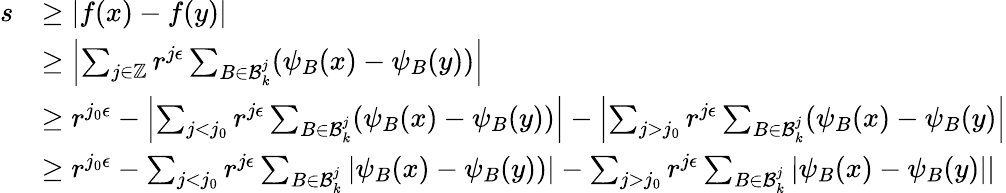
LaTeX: \begin{array}{rl}{s}&{\geq|f(x)-f(y)|}\\ &{\geq\left|\sum_{j\in\mathbb{Z}}r^{j\epsilon}\sum_{B\in\mathcal{B}_{k}^{j}}(\psi_{B}(x)-\psi_{B}(y))\right|}\\ &{\geq r^{j_{0}\epsilon}-\left|\sum_{j<j_{0}}r^{j\epsilon}\sum_{B\in\mathcal{B}_{k}^{j}}(\psi_{B}(x)-\psi_{B}(y))\right|-\left|\sum_{j>j_{0}}r^{j\epsilon}\sum_{B\in\mathcal{B}_{k}^{j}}(\psi_{B}(x)-\psi_{B}(y)\right|}\\ &{\geq r^{j_{0}\epsilon}-\sum_{j<j_{0}}r^{j\epsilon}\sum_{B\in\mathcal{B}_{k}^{j}}|\psi_{B}(x)-\psi_{B}(y))|-\sum_{j>j_{0}}r^{j\epsilon}\sum_{B\in\mathcal{B}_{k}^{j}}|\psi_{B}(x)-\psi_{B}(y)||}\end{array}